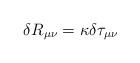
LaTeX: \begin{align*}\delta R_{\mu \nu} = \kappa \delta \tau_{\mu\nu}\end{align*}